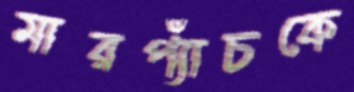
মারপ্যাঁচকে